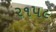
૨૧૫૯